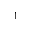
^ 1